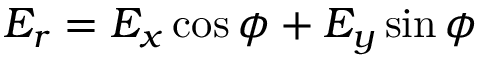
E _ { r } = E _ { x } \cos \phi + E _ { y } \sin \phi